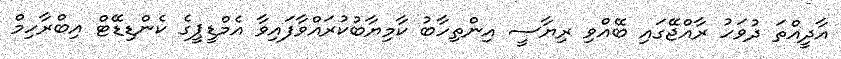
އާދީއްތަ ދުވަހު ރާއްޖޭގައި ބޭއްވި ރިޔާސީ އިންތިހާބު ކާމިޔާބުކުރައްވާފައިވާ އެމްޑީޕީގެ ކެންޑިޑޭޓް އިބްރާހިމް